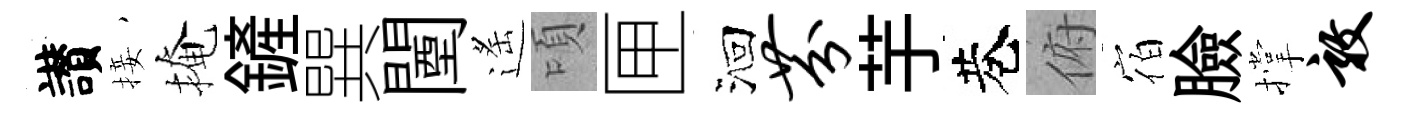
讃接掩鏟巽闉遙頃匣洄芬芋巷俯宿臉撑敦